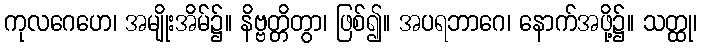
ကုလဂေဟေ၊ အမျိုးအိမ်၌။ နိဗ္ဗတ္တိတွာ၊ ဖြစ်၍။ အပရဘာဂေ၊ နောက်အဖို့၌။ သတ္ထု၊